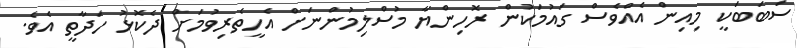
ސަބަބަކީ މިއިން އެއްވެސް ގައުމަކުން ރޮހިންޔާ މުސްލިމުންނަށް އެހީތެރިވުމަށް ދެކޮޅު ހަދާތީ އެވެ.